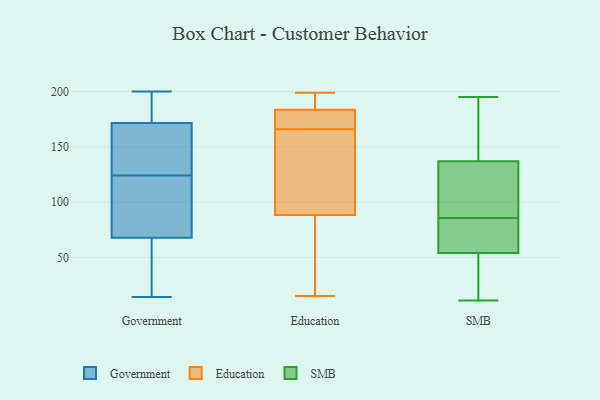
{"axis": {"x": "Humidity (%)", "y": "Value"}, "legend": ["Education", "Government", "SMB"], "data": [{"x": "", "y": 120, "type": "Government"}, {"x": "", "y": 28, "type": "Government"}, {"x": "", "y": 179, "type": "Government"}, {"x": "", "y": 14, "type": "Government"}, {"x": "", "y": 124, "type": "Government"}, {"x": "", "y": 159, "type": "Government"}, {"x": "", "y": 169, "type": "Government"}, {"x": "", "y": 198, "type": "Government"}, {"x": "", "y": 95, "type": "Government"}, {"x": "", "y": 69, "type": "Government"}, {"x": "", "y": 200, "type": "Government"}, {"x": "", "y": 21, "type": "Government"}, {"x": "", "y": 158, "type": "Government"}, {"x": "", "y": 128, "type": "Government"}, {"x": "", "y": 110, "type": "Government"}, {"x": "", "y": 64, "type": "Government"}, {"x": "", "y": 179, "type": "Government"}, {"x": "", "y": 82, "type": "Education"}, {"x": "", "y": 176, "type": "Education"}, {"x": "", "y": 111, "type": "Education"}, {"x": "", "y": 34, "type": "Education"}, {"x": "", "y": 172, "type": "Education"}, {"x": "", "y": 107, "type": "Education"}, {"x": "", "y": 197, "type": "Education"}, {"x": "", "y": 186, "type": "Education"}, {"x": "", "y": 199, "type": "Education"}, {"x": "", "y": 166, "type": "Education"}, {"x": "", "y": 15, "type": "Education"}, {"x": "", "y": 123, "type": "SMB"}, {"x": "", "y": 65, "type": "SMB"}, {"x": "", "y": 82, "type": "SMB"}, {"x": "", "y": 69, "type": "SMB"}, {"x": "", "y": 45, "type": "SMB"}, {"x": "", "y": 85, "type": "SMB"}, {"x": "", "y": 180, "type": "SMB"}, {"x": "", "y": 137, "type": "SMB"}, {"x": "", "y": 51, "type": "SMB"}, {"x": "", "y": 11, "type": "SMB"}, {"x": "", "y": 131, "type": "SMB"}, {"x": "", "y": 135, "type": "SMB"}, {"x": "", "y": 23, "type": "SMB"}, {"x": "", "y": 54, "type": "SMB"}, {"x": "", "y": 175, "type": "SMB"}, {"x": "", "y": 195, "type": "SMB"}, {"x": "", "y": 86, "type": "SMB"}, {"x": "", "y": 170, "type": "SMB"}]}